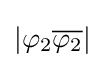
|\varphi _{2}{\overline {\varphi _{2}}}|